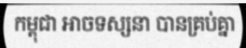
កម្ពុជា អាចទស្សនា បានគ្រប់គ្នា